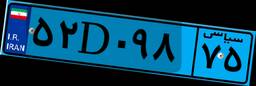
۹۵D۱۶۲۹۶